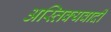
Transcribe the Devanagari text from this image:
अस्तिक्यवादी